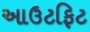
આઉટફિટ